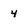
Character: 4